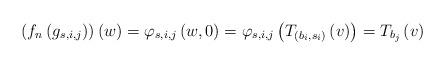
LaTeX: \begin{align*}\left(f_{n}\left(g_{s,i,j}\right)\right)\left(w\right)=\varphi_{s,i,j}\left(w,0\right)=\varphi_{s,i,j}\left(T_{(b_{i},s_{i})}\left(v\right)\right)=T_{b_{j}}\left(v\right)\end{align*}